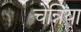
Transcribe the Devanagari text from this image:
चेन्निया